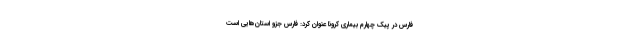
فارس در پیک چهارم بیماری کرونا عنوان کرد: فارس جزو استان‌هایی است